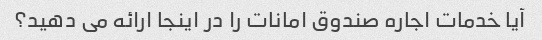
آیا خدمات اجاره صندوق امانات را در اینجا ارائه می دهید؟